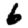
Digit: 6